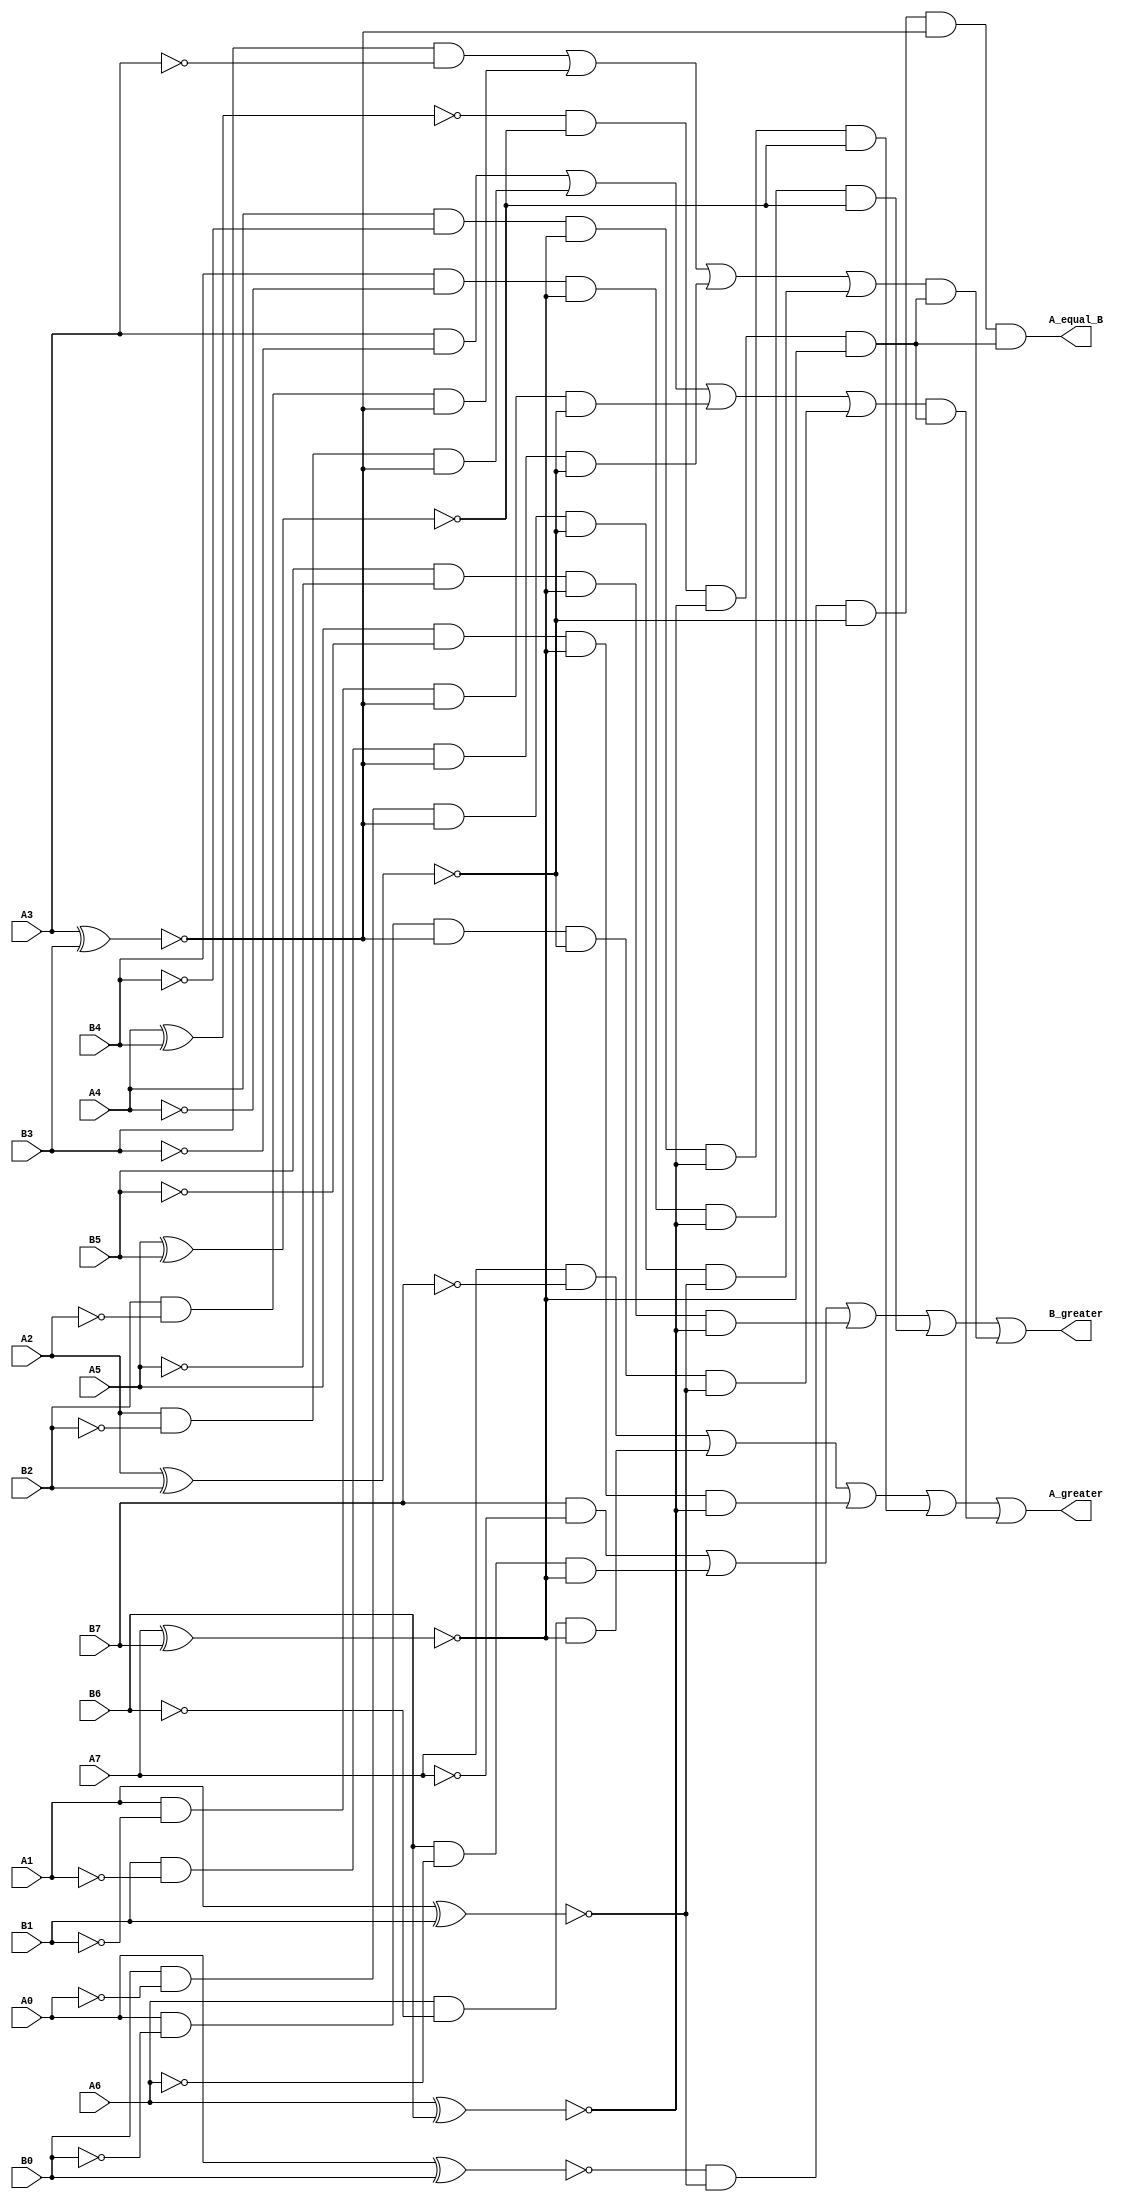
// Verilog model of 8-bit Magnitude Comparator circuit 
// which is used to compare 2-byte input data
// I cascaded two 4-bit comparator to obtain 8-bit comparator
// 1st IC will compare 4 LSBs
// 2nd IC will compare 4 MSBs
// written by Asadullah Jamalov 17.04.2020
module comparator (A0, A1, A2, A3, A4, A5, A6, A7, B0, B1, B2, B3, B4, B5, B6, B7, A_greater, B_greater, A_equal_B);
  	input A0, A1, A2, A3, A4, A5, A6, A7, B0, B1, B2, B3, B4, B5, B6, B7;  // 2 byte information 
  	output A_greater, B_greater, A_equal_B;				   
  
  	wire w1, w2, w3, w4, w5, w6, w7, w8, w9, w10, w11, w12, w13, w14, w15, w16, w17, w18, w19, w20, w21, w22, w23, w24, w25, w26;
	wire A_equal_B_1, A_greater_1, B_greater_1, A_equal_B_2, A_greater_2, B_greater_2;

// Creating hat versions of every input
	not g1 (A0_hat, A0);
	not g2 (A1_hat, A1);
	not g3 (A2_hat, A2);
	not g4 (A3_hat, A3);
	not g5 (A4_hat, A4);
	not g6 (A5_hat, A5);
	not g7 (A6_hat, A6);
	not g8 (A7_hat, A7);

	not g9 (B0_hat, B0);
	not g10 (B1_hat, B1);
	not g11 (B2_hat, B2);
	not g12 (B3_hat, B3);
	not g13 (B4_hat, B4);
	not g14 (B5_hat, B5);
	not g15 (B6_hat, B6);
	not g16 (B7_hat, B7);

// 1st IC
 	xnor G1 (w1, A0, B0); 
  	xnor G2 (w2, A1, B1);
  	xnor G3 (w3, A2, B2);
	xnor G4 (w4, A3, B3);
  	and G5 (A_equal_B_1, w1, w2, w3, w4); // result of 1st IC for A_equal_B

	and G6 (w5, A3, B3_hat);
	and G7 (w6, A2, B2_hat, w4);
	and G8 (w7, A1, B1_hat, w4, w3);
	and G9 (w8, A0, B0_hat, w4, w3, w2);
	or G10 (A_greater_1, w5, w6, w7, w8); // result of 1st IC for A_greater

	and G11 (w9, B3, A3_hat);
	and G12 (w10, B2, A2_hat, w4);
	and G13 (w11, B1, A1_hat, w4, w3);
	and G14 (w12, B0, A0_hat, w4, w3, w2); 
	or G15 (B_greater_1, w9, w10, w11, w12); // result of 1st IC for B_greater

// 2nd IC
	
 	xnor G16 (w13, A4, B4); 
  	xnor G17 (w14, A5, B5);
  	xnor G18 (w15, A6, B6);
	xnor G19 (w16, A7, B7);
  	and G20 (A_equal_B_2, w13, w14, w15, w16); // result of 2nd IC for A_equal_B

	and G21 (w17, A7, B7_hat);
	and G22 (w18, A6, B6_hat, w16);
	and G23 (w19, A5, B5_hat, w16, w15);
	and G24 (w20, A4, B4_hat, w16, w15, w14);
	or G25 (A_greater_2, w17, w18, w19, w20); // result of 2nd IC for A_greater

	and G26 (w21, B7, A7_hat);
	and G27 (w22, B6, A6_hat, w16);
	and G28 (w23, B5, A5_hat, w16, w15);
	and G29 (w24, B4, A4_hat, w16, w15, w14); 
	or G30 (B_greater_2, w21, w22, w23, w24); // result of 2nd IC for B_greater

// Final level cascading 2 ICs

	and G31 (A_equal_B, A_equal_B_1, A_equal_B_2); // output for A_equal_B

	and G32 (w25, A_greater_1, A_equal_B_2);
	or G33 (A_greater, A_greater_2, w25);          // output for A_greater

	and G34 (w26, B_greater_1, A_equal_B_2);
	or G35 (B_greater, B_greater_2, w26);          // output for B_greater

endmodule

module testbench;

  	reg A0, A1, A2, A3, A4, A5, A6, A7, B0, B1, B2, B3, B4, B5, B6, B7;
  	wire A_greater, B_greater, A_equal_B;
  	comparator test(A0, A1, A2, A3, A4, A5, A6, A7, B0, B1, B2, B3, B4, B5, B6, B7, A_greater, B_greater, A_equal_B);
  
  	initial 
		begin
   			    A0=1'b1;A1=1'b1;A2=1'b1;A3=1'b0;A4=1'b0;A5=1'b0;A6=1'b0;A7=1'b0; // A=11; B=11
			    B0=1'b1;B1=1'b1;B2=1'b1;B3=1'b0;B4=1'b0;B5=1'b0;B6=1'b0;B7=1'b0; // first 100 nsec A_equal_B will be high

   		       #100 A0=1'b1;A1=1'b0;A2=1'b0;A3=1'b0;A4=1'b1;A5=1'b1;A6=1'b1;A7=1'b0; // A=113; B=112
			    B0=1'b0;B1=1'b0;B2=1'b0;B3=1'b0;B4=1'b1;B5=1'b1;B6=1'b1;B7=1'b0; // second 100 nsec A_greater will be high

		       #100 A0=1'b0;A1=1'b1;A2=1'b0;A3=1'b1;A4=1'b1;A5=1'b0;A6=1'b0;A7=1'b0; // A=26; B=32
			    B0=1'b0;B1=1'b0;B2=1'b0;B3=1'b0;B4=1'b0;B5=1'b1;B6=1'b0;B7=1'b0; // then B_greater will be high
			
 		end
  
endmodule